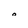
Character: 0